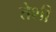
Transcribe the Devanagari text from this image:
तेशी